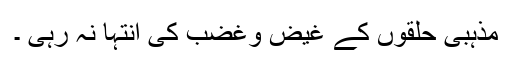
مذہبی حلقوں کے غیض وغضب کی انتہا نہ رہی ۔